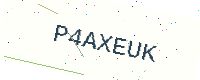
Text: P4AXEUK